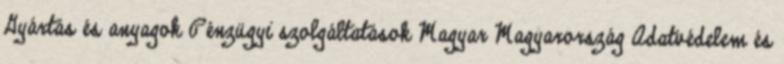
Gyártás és anyagok Pénzügyi szolgáltatások Magyar Magyarország Adatvédelem és